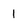
Character: 1